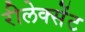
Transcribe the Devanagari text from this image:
रीलेक्सेंट